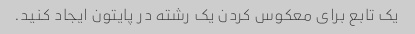
یک تابع برای معکوس کردن یک رشته در پایتون ایجاد کنید.